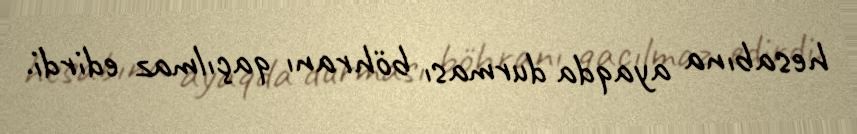
hesabına ayaqda durması böhranı qaçılmaz edirdi.